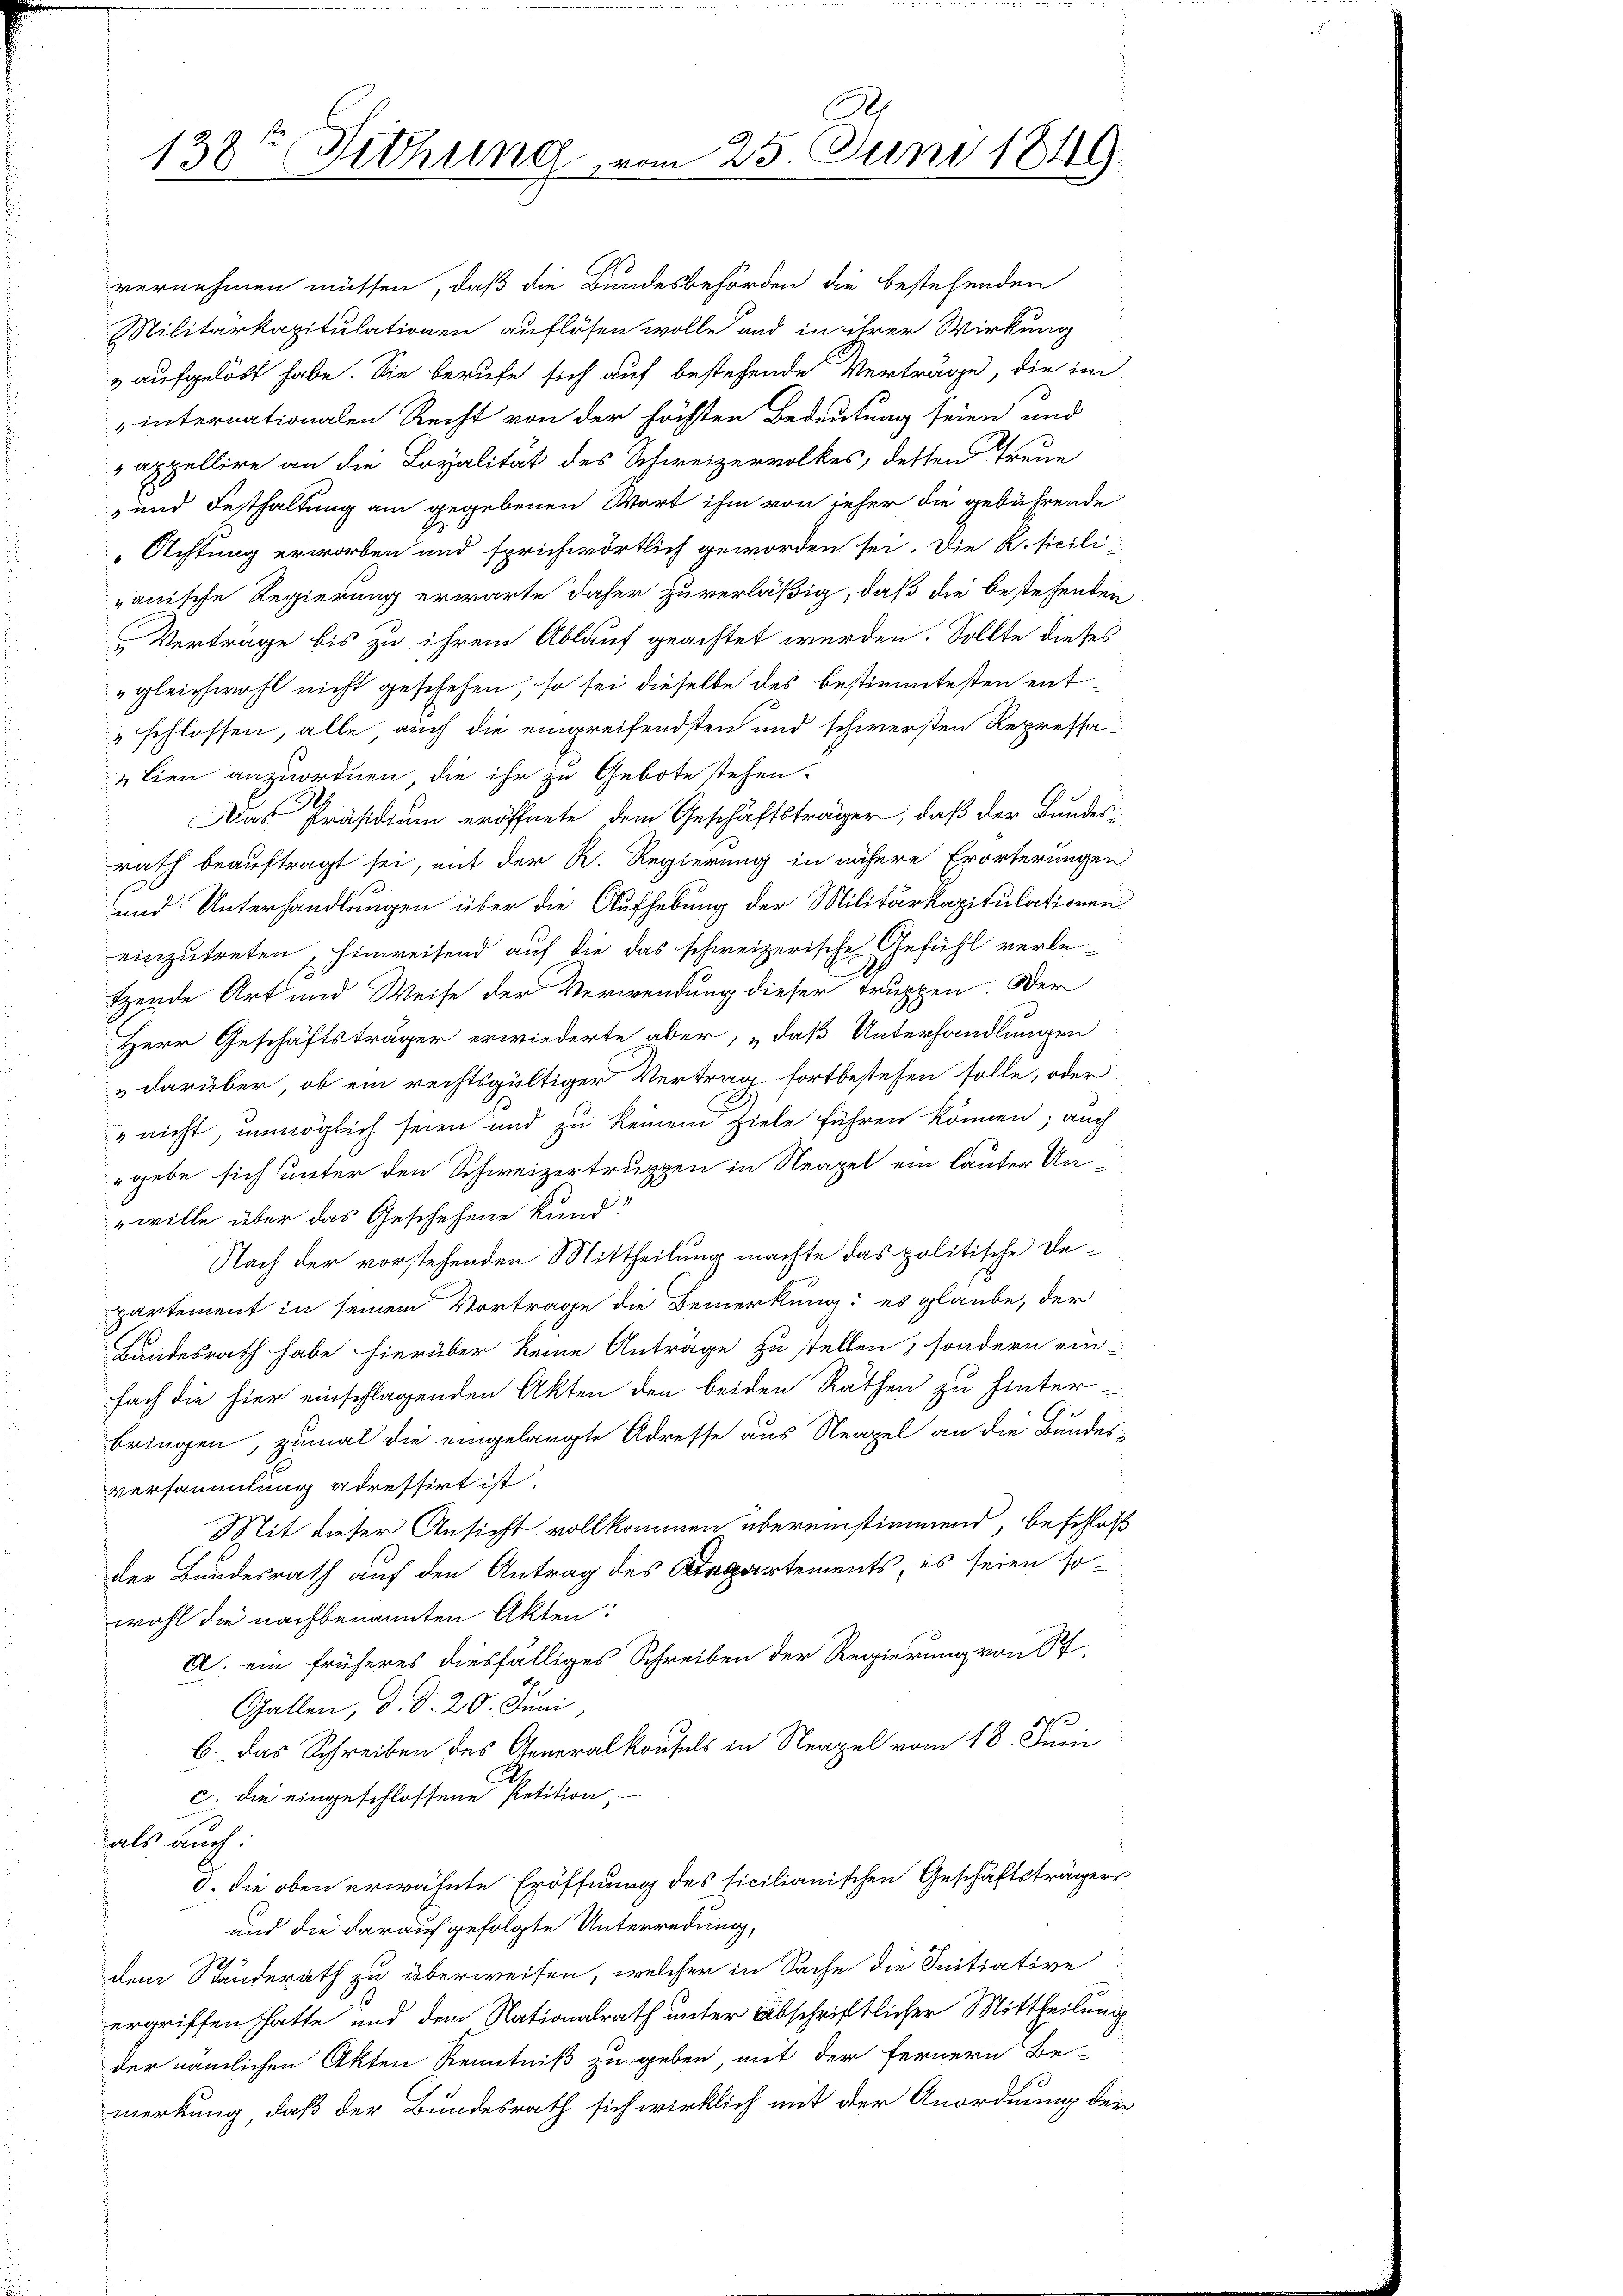
138te Sichung vom 25. Juni 1849

vernehmen müssen, daß die Bundesbehörden die bestehenden
Militärkapitulationen auflösen wolle und in ihrer Wirkung
& aufgelöst habe. Sie berufe sich auf bestehende Verträge, die im
„internationalen Recht von der höchsten Bedeutung seien und
appellire an die Loyalität des Schweizervolkes, detten Treue
 und Festhaltung am gegebenen Wort ihm von jeher die gebührende
2
Achtung erworben und sprichwörtlich geworden sei. Die R.sicili-
rauische Regierung erwarte daher zuverläßig, daß die bestehenden
Vertrage bis zu ihrem Ablauf geachtet werden. Sollte dieses
„gleichwohl nicht geschehen, so sei dieselbe des bestimmtesten entschlossen, alle auch die eingreifendsten und schwersten Repressalien anzuordnen, die ihr zu Gebote stehen.
l
Das Präsidium eröffnete dem Geschäftsträger, daß der Bundes-
rath beauftragt sei, mit der R. Regierung in nähere Erörterungen
und Unterhandlungen über die Aufhebung der Militärkapitulationen
einzutreten, hinweisend auf die das schweizerische Gefühl verletzende Art und Weise der Verwendung dieser Truppen. Der
Herr Geschäftsträger erwiederte aber, „daß Unterhandlungen
darüber, ob ein rechtsgültiger Vertrag fortbestehen solle, oder
" nicht, unmöglich seien und zu keinem Ziele führen können; auch
"gebe sich unter den Schweizertruppen in Neapel ein lauter Unwille über das Geschehene Kund!
Nach der vorstehenden Mittheilung machte das politische Departement in seinem Vortrage die Bemerkung: es glaube, der
Bundesrath habe hierüber keine Anträge zu stellen, sondern ein-
fach die hier einschlagenden Akten den beiden Räthen zu hinterbringen, zumal die eingelangte Adresse aus Neapel an die Bundes-
versammlung adressirt ist.
Mit dieser Ansicht vollkommen übereinstimmend, beschloß
der Bundesrath auf den Antrag des Kappartements, es seien so
wohl die nachbenannten Akten:
A. ein früheres diesfälliges Schreiben der Regierung von St.
Gallen, d. d. 20. Juni,
b. das Schreiben des Generalkonsuls in Neapel vom 18. Juni
c. die eingeschlossene Petition,
hals auch.
8. die oben erwähnte Eröffnung des ficilianischen Geschäftsträgers
und die darauf gefolgte Unterredung,
dem Ständerath zu überweisen, welcher in Sache die Initiative
ergriffen hatte und dem Nationalrath unter Abschriftlicher Mittheilung
der nämlichen Akten Kenntniß zu geben, mit der fernern Be-
merkung, daß der Bundesrath sich wirklich mit der Anordnung der